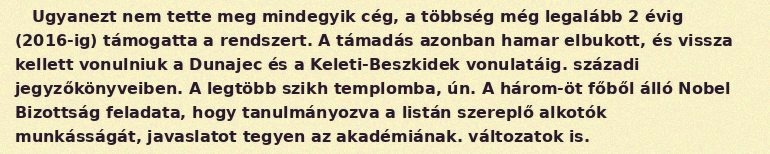
Ugyanezt nem tette meg mindegyik cég, a többség még legalább 2 évig (2016-ig) támogatta a rendszert. A támadás azonban hamar elbukott, és vissza kellett vonulniuk a Dunajec és a Keleti-Beszkidek vonulatáig. századi jegyzőkönyveiben. A legtöbb szikh templomba, ún. A három-öt főből álló Nobel Bizottság feladata, hogy tanulmányozva a listán szereplő alkotók munkásságát, javaslatot tegyen az akadémiának. változatok is.